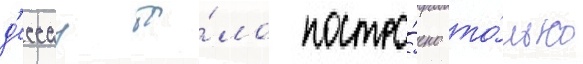
д'ессау бы́ло постро́ено то́лько